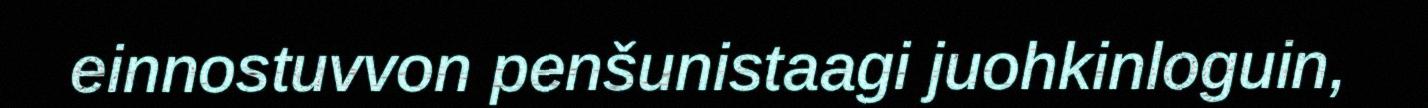
einnostuvvon penšunistaagi juohkinloguin,